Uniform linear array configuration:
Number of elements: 64
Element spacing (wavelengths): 0.25
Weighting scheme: binomial
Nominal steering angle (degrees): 45
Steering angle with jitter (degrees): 44.985
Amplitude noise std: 0.05
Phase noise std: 0.05

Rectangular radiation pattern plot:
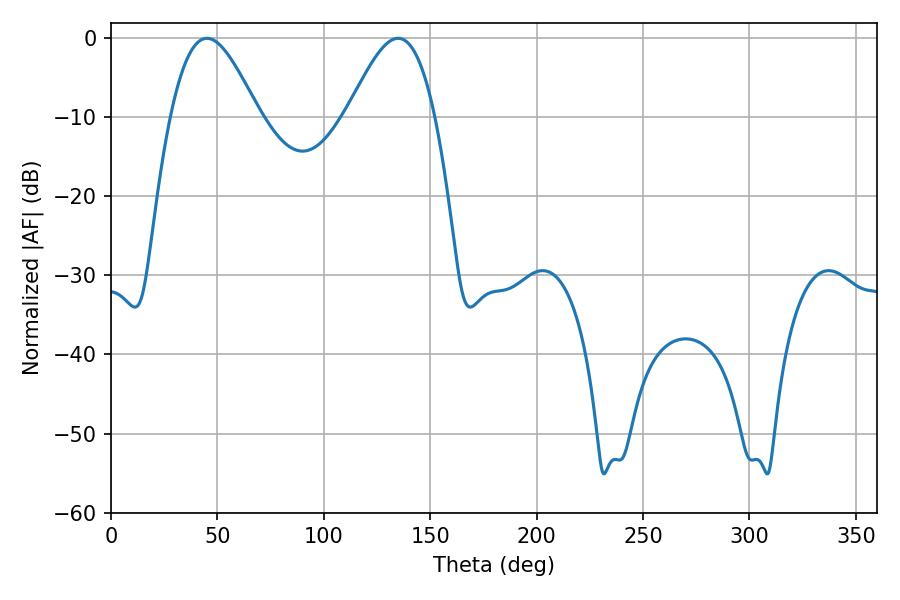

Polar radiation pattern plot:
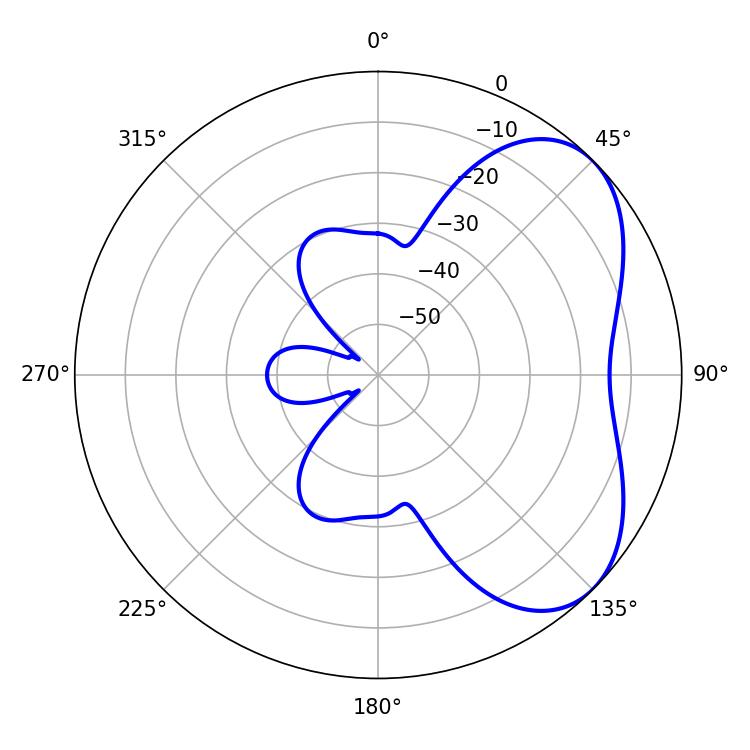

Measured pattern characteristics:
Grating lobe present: FALSE
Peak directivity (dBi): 4.962
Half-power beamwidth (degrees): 22.14
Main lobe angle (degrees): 45